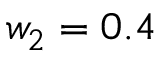
w _ { 2 } = 0 . 4